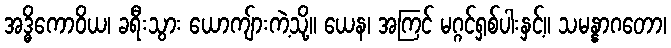
အဒ္ဓိကောဝိယ၊ ခရီးသွား ယောကျ်ားကဲ့သို့။ ယေန၊ အကြင် မဂ္ဂင်ရှစ်ပါးနှင့်။ သမန္နာဂတော၊